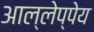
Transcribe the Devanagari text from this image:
आल्लेप्पेय